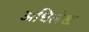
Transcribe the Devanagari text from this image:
अधिलेख